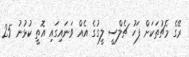
ރޭގެ މެޗުތަކަށް ފަހު ޗެލްސީ ލީގުގެ އެއް ވަަނައިގައި އޮތީ ކުޅުނު 25